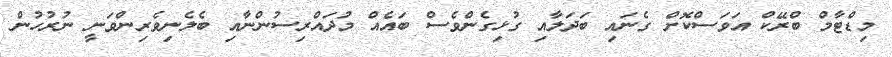
މިޑްޓާމް ބްރޭކް އަވަސްކޮށް ގެނައި ބަދަލާއި ގުޅިގެންވެސް ބައެއް މުދައްރިސުންނާއި ބެލެނިވެރިންވަނީ ނުރުހުން